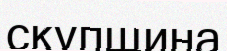
скупщина